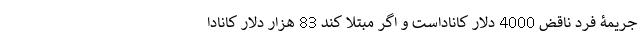
جریمۀ فرد ناقض 4000 دلار کاناداست و اگر مبتلا کند 83 هزار دلار کانادا